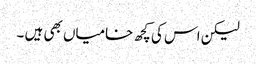
لیکن اس کی کچھ خامیاں بھی ہیں ۔